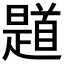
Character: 𲋭